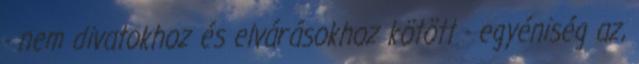
- nem divatokhoz és elvárásokhoz kötött - egyéniség az,